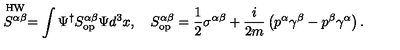
\stackrel { \mathrm { H W } } { S ^ { \alpha \beta } } = \int \Psi ^ { \dagger } S _ { \mathrm { o p } } ^ { \alpha \beta } \Psi d ^ { 3 } x , \quad S _ { \mathrm { o p } } ^ { \alpha \beta } = \frac { 1 } { 2 } \sigma ^ { \alpha \beta } + \frac { i } { 2 m } \left( p ^ { \alpha } \gamma ^ { \beta } - p ^ { \beta } \gamma ^ { \alpha } \right) .